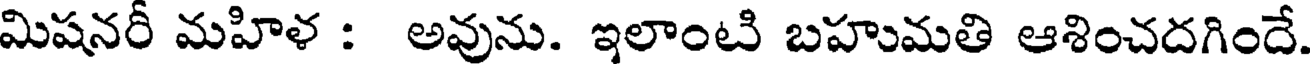
మిషనరీ మహిళ : అవును. ఇలాంటి బహుమతి ఆశించదగిందే.